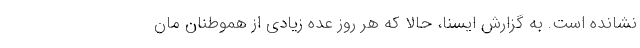
نشانده است. به گزارش ایسنا، حالا که هر روز عده زیادی از هموطنان مان